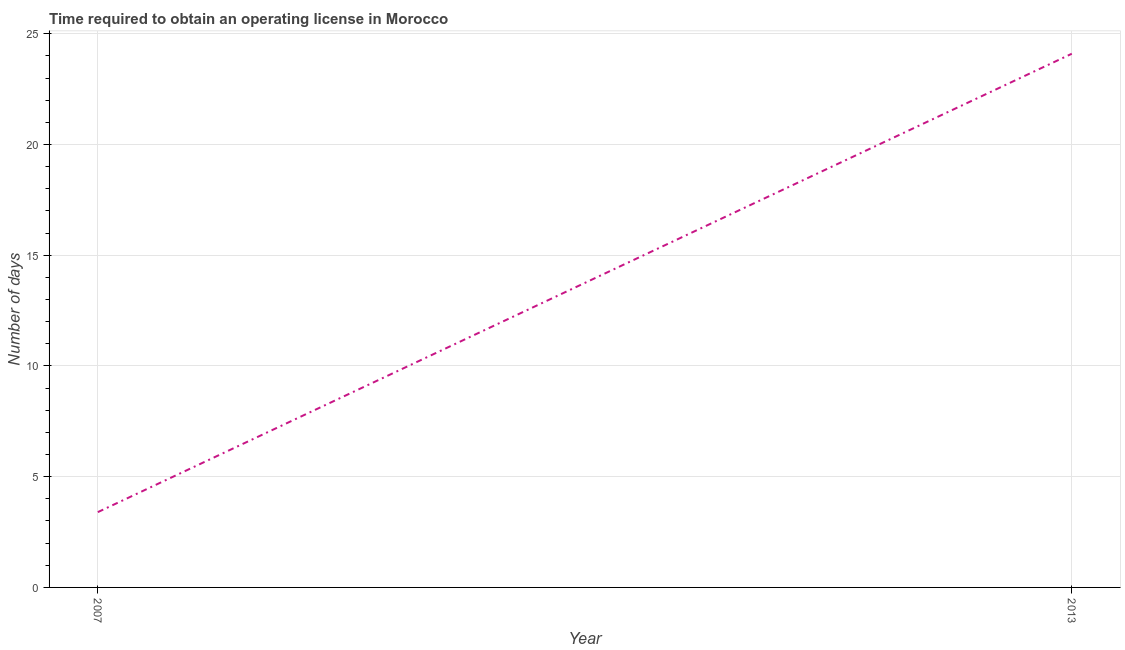
| Year | Obtain operating license |
 | --- | --- |
 | 2007 | 3.4 |
 | 2013 | 24.1 |